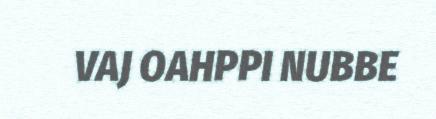
VAJ OAHPPI NUBBE